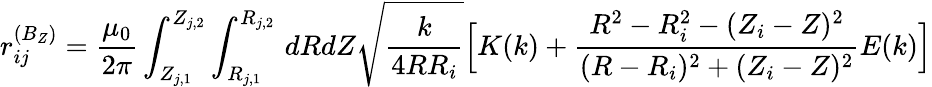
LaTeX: r_{ij}^{(B_{Z})}=\frac{\mu_{0}}{2\pi}\int_{Z_{j,1}}^{Z_{j,2}}\int_{R_{j,1}}^{R_{j,2}}\, dRdZ\sqrt{\frac{k}{4RR_{i}}}\Big[K(k)+\frac{R^{2}-R_{i}^{2}-(Z_{i}-Z)^{2}}{(R-R_{i})^{2}+(Z_{i}-Z)^{2}}E(k)\Big]